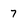
Character: 7